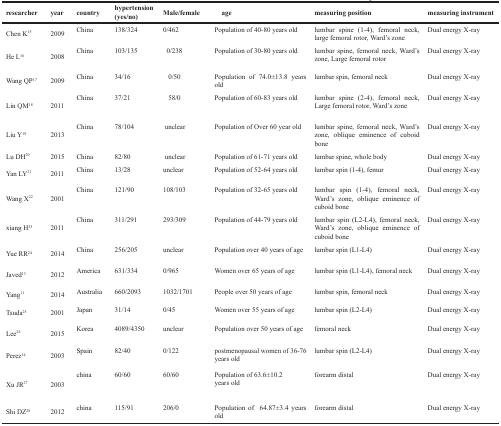
<table><thead><tr><td><b>researcher</b></td><td><b>year</b></td><td><b>country</b></td><td><b>hypertension (yes/no)</b></td><td><b>Male/female</b></td><td><b>age</b></td><td><b>measuring position</b></td><td><b>measuring instrument</b></td></tr></thead><tbody><tr><td>Chen K<sup>15</sup></td><td>2009</td><td>China</td><td>138/324</td><td>0/462</td><td>Population of 40-80 years old</td><td>lumbar spine (1-4), femoral neck, large femoral rotor, Ward&#x27;s zone</td><td>Dual energy X-ray</td></tr><tr><td>He L<sup>16</sup></td><td>2008</td><td>China</td><td>103/135</td><td>0/238</td><td>Population of 30-80 years old</td><td>lumbar spine, femoral neck, Ward&#x27;s zone, Large femoral rotor</td><td>Dual energy X-ray</td></tr><tr><td>Wang QP<sup>17</sup></td><td>2009</td><td>China</td><td>34/16</td><td>0/50</td><td>Population of 74.0±13.8 years old</td><td>lumbar spin, femoral neck</td><td>Dual energy X-ray</td></tr><tr><td>Lin QM<sup>18</sup></td><td>2011</td><td>China</td><td>37/21</td><td>58/0</td><td>Population of 60-83 years old</td><td>lumbar spine (2-4), femoral neck, Large femoral rotor, Ward&#x27;s zone</td><td>Dual energy X-ray</td></tr><tr><td>Liu Y<sup>19</sup></td><td>2013</td><td>China</td><td>78/104</td><td>unclear</td><td>Population of Over 60 year old</td><td>lumbar spine, femoral neck, Ward&#x27;s zone, oblique eminence of cuboid bone</td><td>Dual energy X-ray</td></tr><tr><td>Lu DH<sup>20</sup></td><td>2015</td><td>China</td><td>82/80</td><td>unclear</td><td>Population of 61-71 years old</td><td>lumbar spine, whole body</td><td>Dual energy X-ray</td></tr><tr><td>Yan LY<sup>21</sup></td><td>2011</td><td>China</td><td>13/28</td><td>unclear</td><td>Population of 52-64 years old</td><td>lumbar spin (1-4), femur</td><td>Dual energy X-ray</td></tr><tr><td>Wang X<sup>22</sup></td><td>2001</td><td>China</td><td>121/90</td><td>108/103</td><td>Population of 32-65 years old</td><td>lumbar spin (1-4), femoral neck, Ward&#x27;s zone, oblique eminence of cuboid bone</td><td>Dual energy X-ray</td></tr><tr><td>xiang H<sup>23</sup></td><td>2011</td><td>China</td><td>311/291</td><td>293/309</td><td>Population of 44-79 years old</td><td>lumbar spin (L2-L4), femoral neck, Ward&#x27;s zone, oblique eminence of cuboid bone</td><td>Dual energy X-ray</td></tr><tr><td>Yue RR<sup>24</sup></td><td>2014</td><td>China</td><td>256/205</td><td>unclear</td><td>Population over 40 years of age</td><td>lumbar spin (L1-L4)</td><td>Dual energy X-ray</td></tr><tr><td>Javed<sup>13</sup></td><td>2012</td><td>America</td><td>631/334</td><td>0/965</td><td>Women over 65 years of age</td><td>lumbar spin (L1-L4), femoral neck</td><td>Dual energy X-ray</td></tr><tr><td>Yang<sup>11</sup></td><td>2014</td><td>Australia</td><td>660/2093</td><td>1032/1701</td><td>People over 50 years of age</td><td>lumbar spin, femoral neck</td><td>Dual energy X-ray</td></tr><tr><td>Tsuda<sup>25</sup></td><td>2001</td><td>Japan</td><td>31/14</td><td>0/45</td><td>Women over 55 years of age</td><td>lumbar spin (L2-L4)</td><td>Dual energy X-ray</td></tr><tr><td>Lee<sup>26</sup></td><td>2015</td><td>Korea</td><td>4089/4350</td><td>unclear</td><td>Population over 50 years of age</td><td>femoral neck</td><td>Dual energy X-ray</td></tr><tr><td>Perez<sup>14</sup></td><td>2003</td><td>Spain</td><td>82/40</td><td>0/122</td><td>postmenopausal women of 36-76 years old</td><td>lumbar spin (L2-L4)</td><td>Dual energy X-ray</td></tr><tr><td>Xu JR<sup>27</sup></td><td>2003</td><td>china</td><td>60/60</td><td>60/60</td><td>Population of 63.6±10.2 years old</td><td>forearm distal</td><td>Dual energy X-ray</td></tr><tr><td>Shi DZ<sup>28</sup></td><td>2012</td><td>china</td><td>115/91</td><td>206/0</td><td>Population of 64.87±3.4 years old</td><td>forearm distal</td><td>Dual energy X-ray</td></tr></tbody></table>